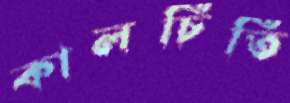
কালচিতি